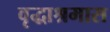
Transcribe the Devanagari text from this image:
वृद्धाश्रमास